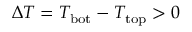
\Delta T = T _ { \mathrm { b o t } } - T _ { \mathrm { t o p } } > 0